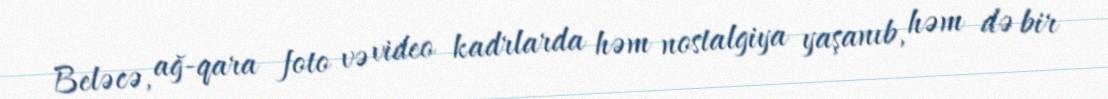
Beləcə, ağ-qara foto və video kadrlarda həm nostalgiya yaşanıb, həm də bir